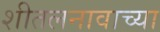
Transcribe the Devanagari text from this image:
शीतलनावाच्या